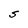
Character: S